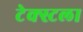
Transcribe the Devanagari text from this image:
टेक्स्टला